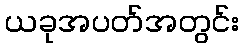
ယခုအပတ်အတွင်း